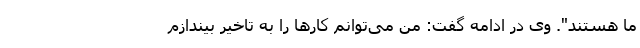
ما هستند". وی در ادامه گفت: من می‌توانم کارها را به تاخیر بیندازم